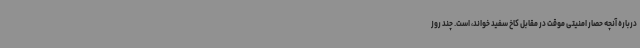
درباره آنچه حصار امنیتی موقت در مقابل کاخ سفید خواند، است. چند روز